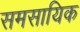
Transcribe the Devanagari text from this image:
समसायिक